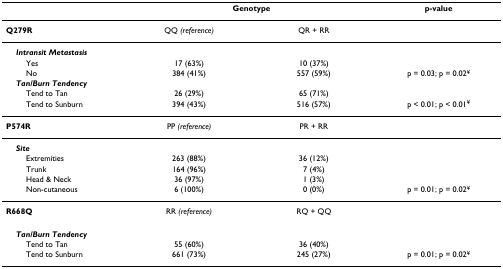
<table><thead><tr><td></td><td colspan="2"><b>Genotype</b></td><td><b>p-value</b></td></tr></thead><tbody><tr><td><b>Q279R</b></td><td>QQ <i>(reference)</i></td><td>QR + RR</td><td></td></tr><tr><td> <b><i>Intransit Metastasis</i></b></td><td></td><td></td><td></td></tr><tr><td>Yes</td><td>17 (63%)</td><td>10 (37%)</td><td></td></tr><tr><td>No</td><td>384 (41%)</td><td>557 (59%)</td><td>p = 0.03; p = 0.02<sup>¥</sup></td></tr><tr><td> <b><i>Tan/Burn Tendency</i></b></td><td></td><td></td><td></td></tr><tr><td>Tend to Tan</td><td>26 (29%)</td><td>65 (71%)</td><td></td></tr><tr><td>Tend to Sunburn</td><td>394 (43%)</td><td>516 (57%)</td><td>p &lt; 0.01; p &lt; 0.01<sup>¥</sup></td></tr><tr><td><b>P574R</b></td><td>PP <i>(reference)</i></td><td>PR + RR</td><td></td></tr><tr><td> <b><i>Site</i></b></td><td></td><td></td><td></td></tr><tr><td>Extremities</td><td>263 (88%)</td><td>36 (12%)</td><td></td></tr><tr><td>Trunk</td><td>164 (96%)</td><td>7 (4%)</td><td></td></tr><tr><td>Head &amp; Neck</td><td>36 (97%)</td><td>1 (3%)</td><td></td></tr><tr><td>Non-cutaneous</td><td>6 (100%)</td><td>0 (0%)</td><td>p = 0.01; p = 0.02<sup>¥</sup></td></tr><tr><td><b>R668Q</b></td><td>RR <i>(reference)</i></td><td>RQ + QQ</td><td></td></tr><tr><td> <b><i>Tan/Burn Tendency</i></b></td><td></td><td></td><td></td></tr><tr><td>Tend to Tan</td><td>55 (60%)</td><td>36 (40%)</td><td></td></tr><tr><td>Tend to Sunburn</td><td>661 (73%)</td><td>245 (27%)</td><td>p = 0.01; p = 0.02<sup>¥</sup></td></tr></tbody></table>